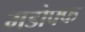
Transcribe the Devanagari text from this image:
मडोफ्फ